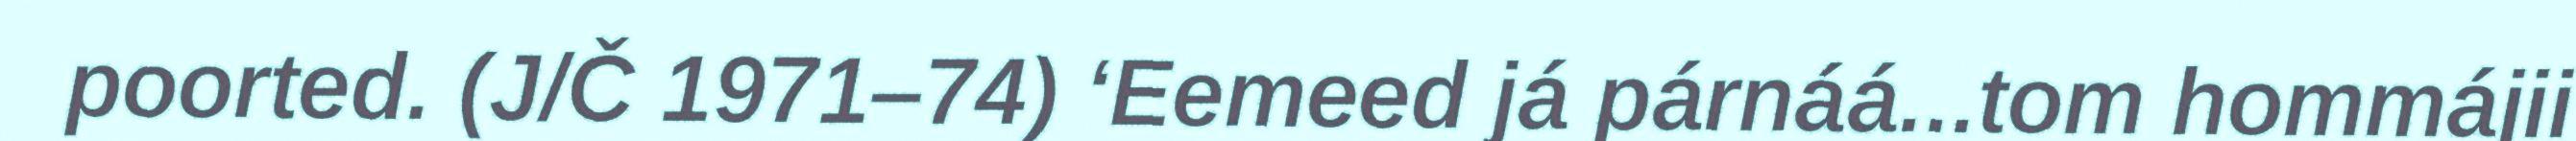
poorted. (J/Č 1971–74) ‘Eemeed já párnáá...tom hommájii